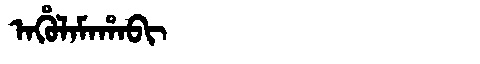
Manchu: ᠠᡥᡠᠯᠠᠮᠠᡥᠠᠪᡳ
Romanization: AHULAMAHABI